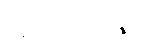
အာတာပိနော